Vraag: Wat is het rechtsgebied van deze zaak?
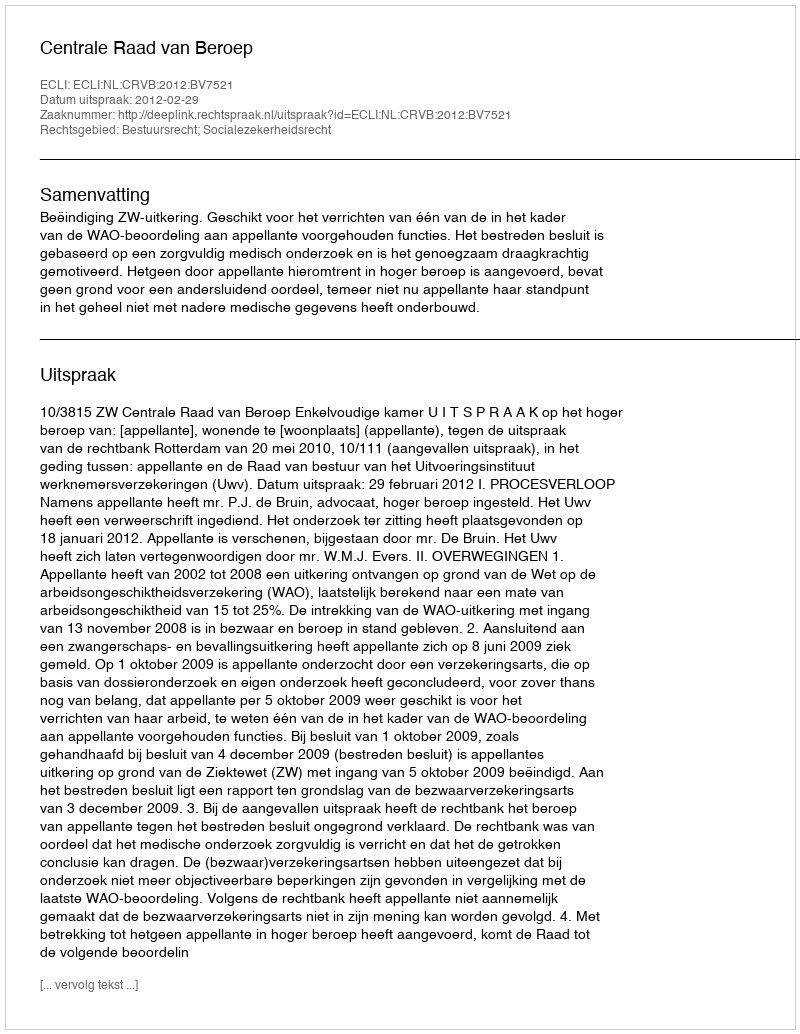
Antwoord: Bestuursrecht; Socialezekerheidsrecht